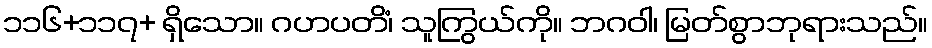
၁၁၆+၁၁၇+ ရှိသော။ ဂဟပတိံ၊ သူကြွယ်ကို။ ဘဂဝါ၊ မြတ်စွာဘုရားသည်။